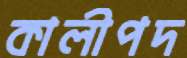
কালীপদ